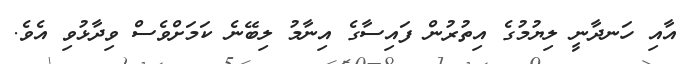
އާއި ހަނދާނީ ލިޔުމުގެ އިތުރުން ފައިސާގެ އިނާމު ލިބޭނެ ކަމަށްވެސް ވިިދާޅުވި އެވެ.